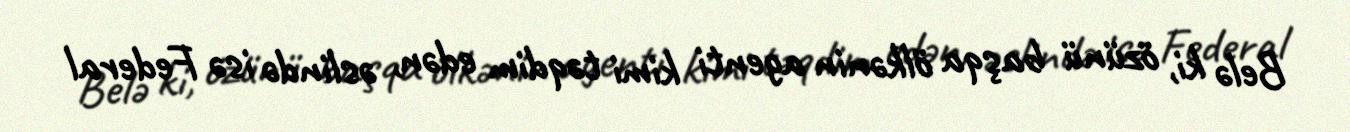
Belə ki, özünü başqa ölkənin agenti kimi təqdim edən, əslində isə Federal